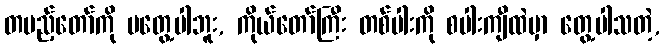
တပည့်တော်ကို မတွေ့ပါဘူး, ကိုယ်တော်ကြီး တစ်ပါးကို စပါးကျီထဲမှာ တွေ့ပါသတဲ့,